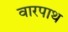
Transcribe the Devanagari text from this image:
वारपाथ